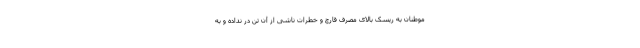
موطنان به ریسک بالای مصرف قارچ و خطرات ناشی از آن تن در نداده و به